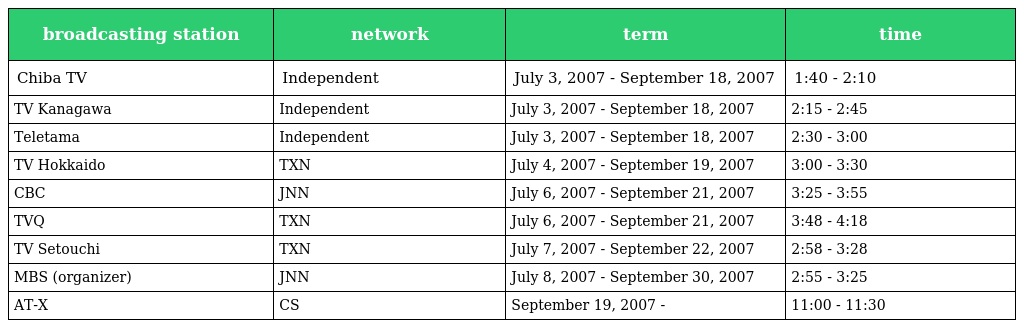
| broadcasting station | network | term | time |
 | --- | --- | --- | --- |
 | Chiba TV | Independent | July 3, 2007 - September 18, 2007 | 1:40 - 2:10 |
 | TV Kanagawa | Independent | July 3, 2007 - September 18, 2007 | 2:15 - 2:45 |
 | Teletama | Independent | July 3, 2007 - September 18, 2007 | 2:30 - 3:00 |
 | TV Hokkaido | TXN | July 4, 2007 - September 19, 2007 | 3:00 - 3:30 |
 | CBC | JNN | July 6, 2007 - September 21, 2007 | 3:25 - 3:55 |
 | TVQ | TXN | July 6, 2007 - September 21, 2007 | 3:48 - 4:18 |
 | TV Setouchi | TXN | July 7, 2007 - September 22, 2007 | 2:58 - 3:28 |
 | MBS (organizer) | JNN | July 8, 2007 - September 30, 2007 | 2:55 - 3:25 |
 | AT-X | CS | September 19, 2007 - | 11:00 - 11:30 |